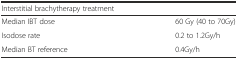
<table><thead><tr><td colspan="2"><b>Interstitial brachytherapy treatment</b></td></tr></thead><tbody><tr><td>Median IBT dose</td><td>60 Gy (40 to 70Gy)</td></tr><tr><td>Isodose rate</td><td>0.2 to 1.2Gy/h</td></tr><tr><td>Median BT reference</td><td>0.4Gy/h</td></tr></tbody></table>